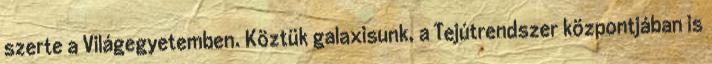
szerte a Világegyetemben. Köztük galaxisunk, a Tejútrendszer központjában is